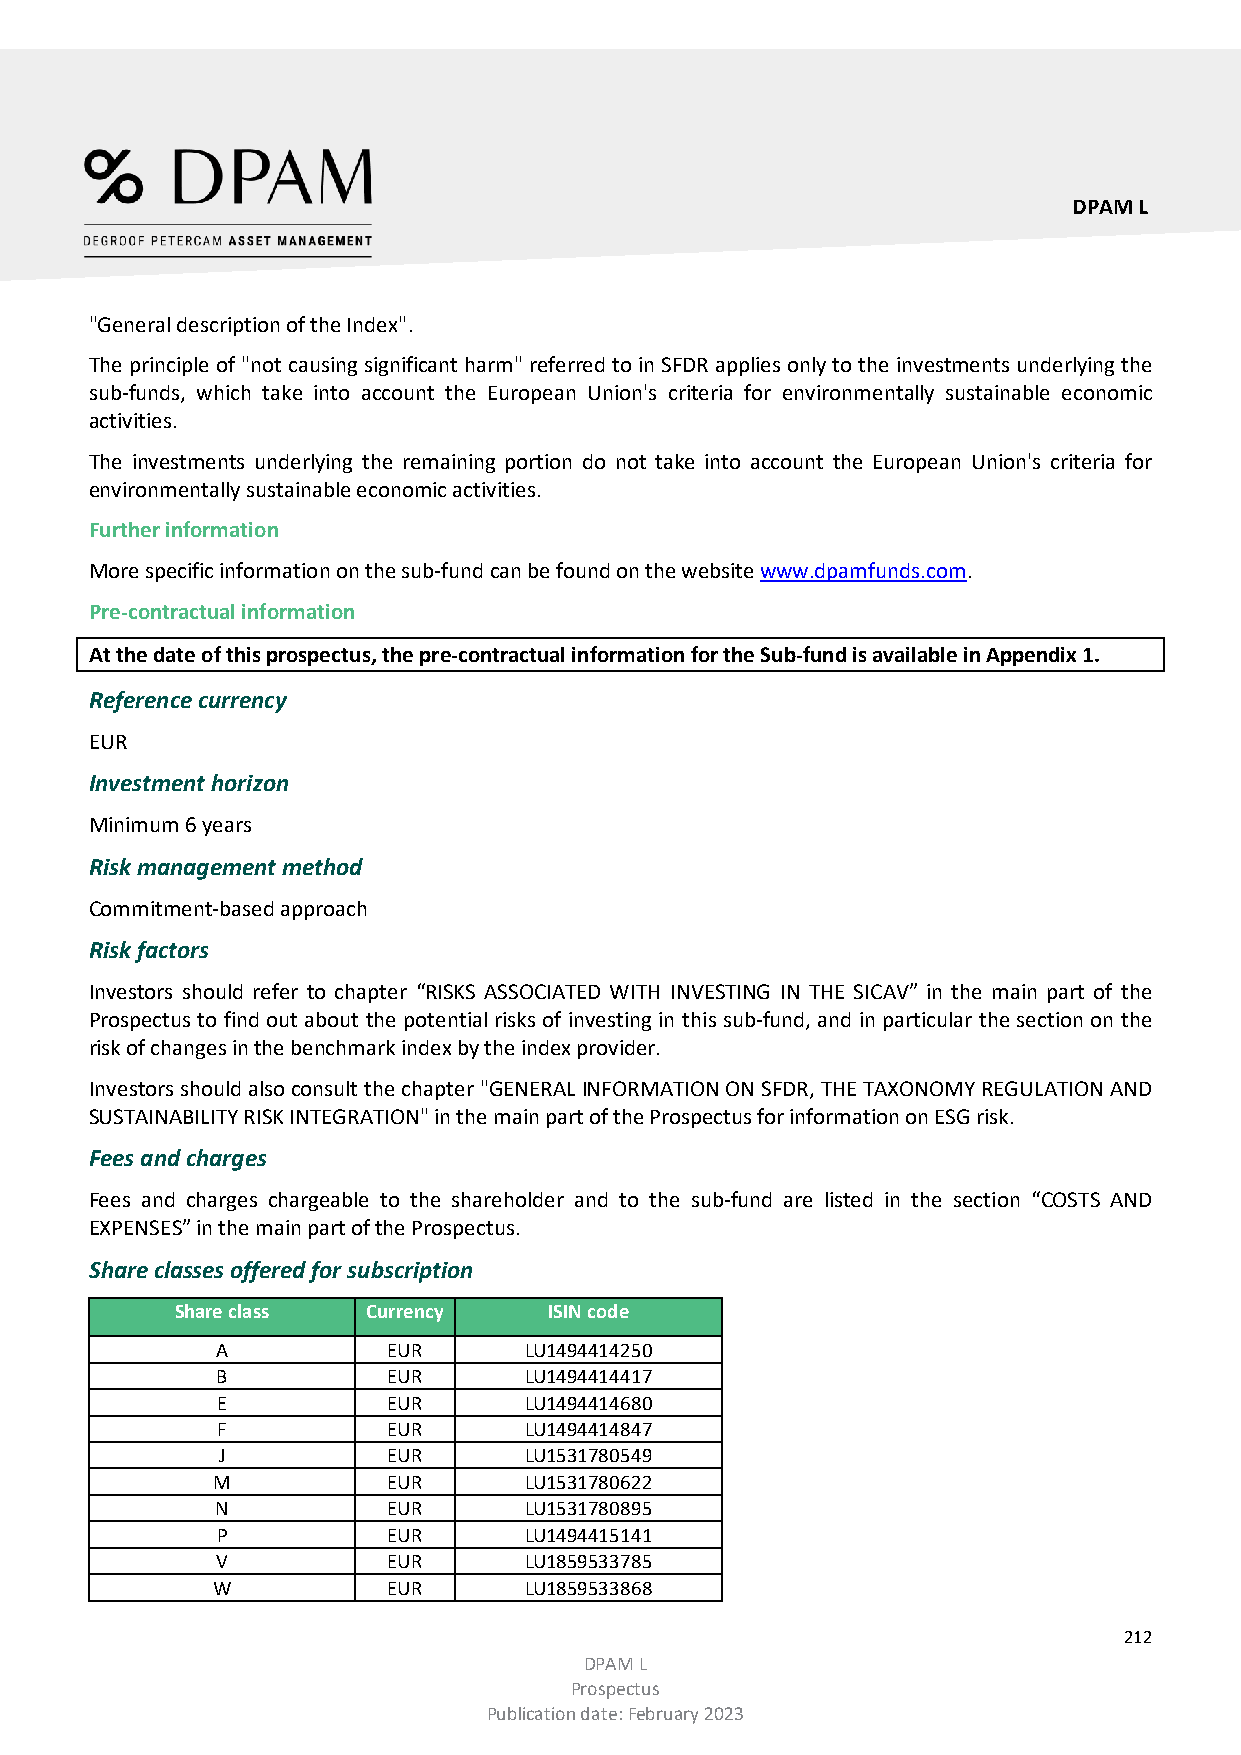
DPAM L
 "General description of the Index".
 The principle of "not causing significant harm" referred to in SFDR applies only to the investments underlying the
 sub-funds, which take into account the European Union's criteria for environmentally sustainable economic
 activities.
 The investments underlying the remaining portion do not take into account the European Union's criteria for
 environmentally sustainable economic activities.
 Further information
 More specific information on the sub-fund can be found on the website www.dpamfunds.com.
 Pre-contractual information
 At the date of this prospectus, the pre-contractual information for the Sub-fund is available in Appendix 1.
 Reference currency
 EUR
 Investment horizon
 Minimum 6 years
 Risk management method
 Commitment-based approach
 Risk factors
 Investors should refer to chapter “RISKS ASSOCIATED WITH INVESTING IN THE SICAV” in the main part of the
 Prospectus to find out about the potential risks of investing in this sub-fund, and in particular the section on the
 risk of changes in the benchmark index by the index provider.
 Investors should also consult the chapter "GENERAL INFORMATION ON SFDR, THE TAXONOMY REGULATION AND
 SUSTAINABILITY RISK INTEGRATION" in the main part of the Prospectus for information on ESG risk.
 Fees and charges
 Fees and charges chargeable to the shareholder and to the sub-fund are listed in the section “COSTS AND
 EXPENSES” in the main part of the Prospectus.
 Share classes offered for subscription
 Share class Currency    ISIN code
 A           EUR      LU1494414250
 B           EUR      LU1494414417
 E           EUR      LU1494414680
 F           EUR      LU1494414847
 J           EUR      LU1531780549
 M           EUR      LU1531780622
 N           EUR      LU1531780895
 P           EUR      LU1494415141
 V           EUR      LU1859533785
 W           EUR      LU1859533868
 212
 DPAM L
 Prospectus
 Publication date: February 2023